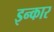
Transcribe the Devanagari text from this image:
इन्‍कार